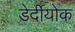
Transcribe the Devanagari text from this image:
डेर्दीयोक